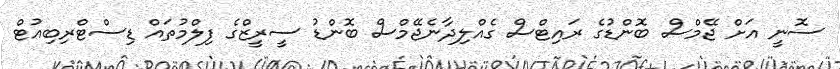
ސޮނީ އަށް ޖޭމްސް ބޮންޑުގެ ރައިޓްސް ގެއްލިދާނެޖޭމްސް ބޮންޑު ސީރީޒްގެ ފިލްމުތައް ޑިސްޓްރިބިއުޓް